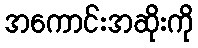
အကောင်းအဆိုးကို